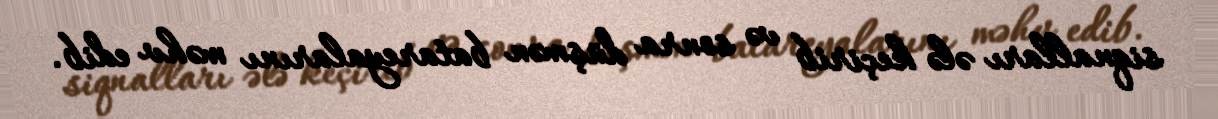
siqnalları ələ keçirib və sonra düşmən batareyalarını məhv edib.